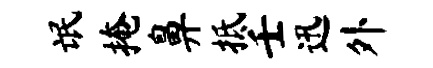
氓掩鼻抵壬迅外